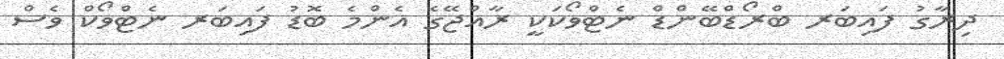
ދިރާގު ފައިބަރ ބްރޯޑްބޭންޑް ނެޓްވޯކަކީ ރާއްޖޭގެ އެންމެ ބޮޑު ފައިބަރ ނެޓްވޯކް ވެސް